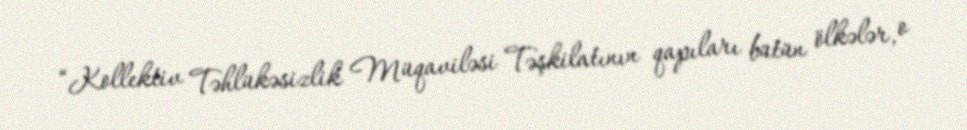
“Kollektiv Təhlükəsizlik Müqaviləsi Təşkilatının qapıları bütün ölkələr, o